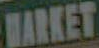
MARKET